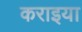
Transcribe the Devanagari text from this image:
कराइया